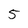
Character: 5